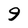
Character: 9